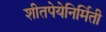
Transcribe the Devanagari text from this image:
शीतपेयेनिर्मिती